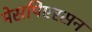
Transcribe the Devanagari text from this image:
मेसपिएरसन